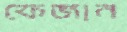
ফেজান